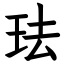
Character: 珐